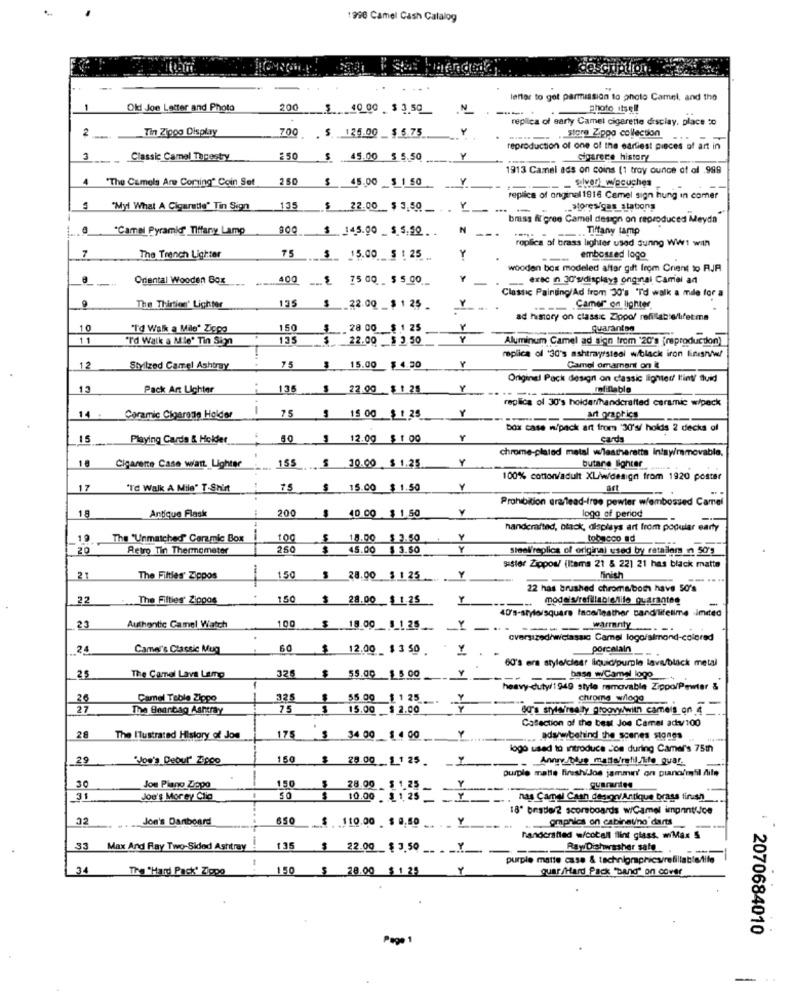
1990 Camel Cash Catalog
menge
letter to get permission to photo Camel, and the
1
Old Joe Letter and Photo
200
10 00 $2.50
2
Photo itsell
replica of early Camel cigarette display, place to
2
Tin Ziggo Display
store Zippo collection
-
700 $ 125.00 _$ 6.75
reproduction of one of the earliest pieces of art in
3
Classic Camel Tapestry
:50
MA
45.00 5 5.50
Gigarece history
1913 Camel ads on coins [1 troy ounce of ol .998
4
"The Camels Are Coming" Coin Set
250
45.00 5 1 50
- - elven wecuches
replica of anginel 1916 Camel sign hung in comer
"Myl What A Cigarette" Tin Sign
135
$ 22.00 $ 3,50 _.
._ storesigas_stations
brass fil gree Camel design on reproduced Meyda"
*Camel Pyramid" Tiffany Lamp
145.00 _ $ 5.50 ..
N
Tiffany lamp
---
roplica af brass lighter used sunng WW1 with
7
The Trench Lighter
75
75 ._.
15.00 5 1 25
Y
--
embossed logo
wooden box modeled after gift from Crient to RJR
Oriental Wooden Box
400
75 00 _ $ 5 00.
exac n 30'sdisplays ongiai Camel an
Classic Painting/Ad from 30's 'I'd walk a mile for a
135
9
The Thirtien' Lighter
22.00 _$ 1 25
Camer" on lighter
ad himory on classic Zippo/ refillab
10
"I'd Walk a Mile' Ziggo
150
$
28 00 $ 1 25
Y
quarantso
11
"I'd Walk a Mie' Tin Sign
22.00 __ $ 3.50
Y
Aluminum Camel ad sign trom '20's (reproduction)
replica of '30's ashtrayrstsol w/black iron finesnif
12
Shilzed Camel Ashtray
75
15.00 $ 4.50
Camel omament on i
Original Pack design on classic lighted lint fluid
13
Pack Art Lighter
135
22.00
$ 1.25
Y
refillable
-
Y
replica of 30's hoidarihandcrafted ceramic w/peck
14
Ceramic Cigarade Holder
75
15 00 $ $ 25
--
art graphics
box case w/pack art from '30's/ holds 2 decks af
15
Playing Cards & Holder
50
12.00
$ 1 00
Y
cards
Cigarette Case wiatt Lighter
Y
chrome-plated metal w/leatheratta Insyimmovable.
155
10.00 $ 1.25
butare lighter
100% cotton/adult XL/ww/design from 1920 poster
17
"TC Walk A Mile" T-Shirt
75
15.00 $ 1.50
Prohibition era/lead-tree pewter w/embossed Camel
200
Y
18
Antique Flask
40.00 $ 1.50
logg of period
handcrafted, black, displays art from popular earty
The "Unmatched" Ceramic Box
100
18.00 $ 3.50
tobacco ad
20
Retro Tin Thermometer
250
$
45.00 $ 3.50
> >
Sleal'replica of original used by retailer in 50's
#Sler Zippos/ (ltems 21 5 221 21 has black matte
21
The Filtles' Zippos
150
28.00 $ 1 25 ....
Y
finish
22 has brushed chroma both have 50's
22
The Fifties' Zippos
150
28.00 $1.25
--
40's-styloisquare face/leather sand/lifetime .imited
23
Authentic Camel Watch
100
18.00 __ 1_125
Y
-
oversized/wiclassic Camel logo/almond-colored
Camel's Classic Mug
60
$
12.00 $ 3 50
porcelain
325
60's era style/clear liquid/purple lava/black metal
25
The Camel Lava Lamp
$
55.00 $ 5.00
-
base wCamel logo.
heavy-duty/1949 style removable Zippo/Pewter &
Camel Teble Ziggo
325
55.00 $ 1 25
chrome w/logo
27
The Beanbag Ashtray
75
15.00
$ 2.00
od's style/really groovywith camels_on 4
Cafection of the best Joa Camel ads/100
175
28
The Ilustrated History of Jon
34 00 $ 4 00
adanabehind the scenes stones
logo used to introduce con during Camel's 75th
29
Von's Deour" 23900
150
29.00 1 1 25.
__ Annresolve mattairatil Tito quar.
purple matte finishiJos jammin!' on piano/miil Aile
150
Y
Jou Piano Zippo
28.00 $ 1.25
.quarantes
31
Joe's Morey Clig
50
10.00 $1.25
has Camel Cash design/Antique brass finish
18º besde/2 scoreboards w/Camel impentrice
32
Jon's Danboard
...
650
$ 110.00 $ 0.50
Y
graphics on cabinauno darts
-
handcrafted w/cotall flint glass. miMax 5
33
Max And Ray Two-Sided Ashtray
135
22.00 $ 3.50 __ _ _ Y
RayDishwasher sate
purple matte case & technigraphicsrefillablefile
34
The "Hard Pack' Zippo
150
S
28.00 $ 1 25
Quar /Hard Pack "Band" on cover
2070684010
Page